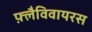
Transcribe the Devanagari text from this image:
फ़्लैविवायरस